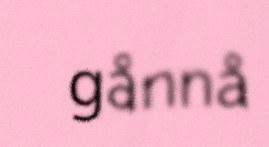
gånnå